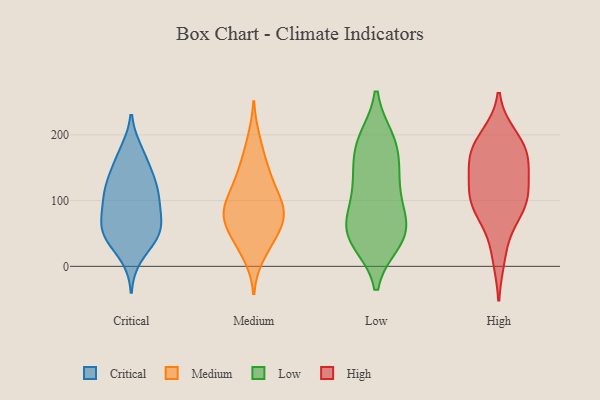
{"axis": {"x": "Page Views", "y": "Value"}, "legend": ["Critical", "High", "Low", "Medium"], "data": [{"x": "", "y": 93, "type": "Critical"}, {"x": "", "y": 58, "type": "Critical"}, {"x": "", "y": 126, "type": "Critical"}, {"x": "", "y": 47, "type": "Critical"}, {"x": "", "y": 99, "type": "Critical"}, {"x": "", "y": 152, "type": "Critical"}, {"x": "", "y": 134, "type": "Critical"}, {"x": "", "y": 45, "type": "Critical"}, {"x": "", "y": 114, "type": "Critical"}, {"x": "", "y": 130, "type": "Critical"}, {"x": "", "y": 15, "type": "Critical"}, {"x": "", "y": 52, "type": "Critical"}, {"x": "", "y": 38, "type": "Critical"}, {"x": "", "y": 175, "type": "Critical"}, {"x": "", "y": 67, "type": "Critical"}, {"x": "", "y": 85, "type": "Critical"}, {"x": "", "y": 173, "type": "Critical"}, {"x": "", "y": 104, "type": "Critical"}, {"x": "", "y": 60, "type": "Critical"}, {"x": "", "y": 17, "type": "Medium"}, {"x": "", "y": 86, "type": "Medium"}, {"x": "", "y": 90, "type": "Medium"}, {"x": "", "y": 36, "type": "Medium"}, {"x": "", "y": 69, "type": "Medium"}, {"x": "", "y": 118, "type": "Medium"}, {"x": "", "y": 44, "type": "Medium"}, {"x": "", "y": 192, "type": "Medium"}, {"x": "", "y": 57, "type": "Medium"}, {"x": "", "y": 132, "type": "Medium"}, {"x": "", "y": 136, "type": "Medium"}, {"x": "", "y": 80, "type": "Medium"}, {"x": "", "y": 90, "type": "Medium"}, {"x": "", "y": 161, "type": "Medium"}, {"x": "", "y": 81, "type": "Medium"}, {"x": "", "y": 48, "type": "Low"}, {"x": "", "y": 187, "type": "Low"}, {"x": "", "y": 168, "type": "Low"}, {"x": "", "y": 65, "type": "Low"}, {"x": "", "y": 130, "type": "Low"}, {"x": "", "y": 193, "type": "Low"}, {"x": "", "y": 38, "type": "Low"}, {"x": "", "y": 82, "type": "Low"}, {"x": "", "y": 126, "type": "Low"}, {"x": "", "y": 37, "type": "Low"}, {"x": "", "y": 141, "type": "Low"}, {"x": "", "y": 193, "type": "Low"}, {"x": "", "y": 47, "type": "Low"}, {"x": "", "y": 93, "type": "Low"}, {"x": "", "y": 56, "type": "Low"}, {"x": "", "y": 169, "type": "High"}, {"x": "", "y": 199, "type": "High"}, {"x": "", "y": 99, "type": "High"}, {"x": "", "y": 61, "type": "High"}, {"x": "", "y": 150, "type": "High"}, {"x": "", "y": 101, "type": "High"}, {"x": "", "y": 87, "type": "High"}, {"x": "", "y": 181, "type": "High"}, {"x": "", "y": 190, "type": "High"}, {"x": "", "y": 108, "type": "High"}, {"x": "", "y": 107, "type": "High"}, {"x": "", "y": 159, "type": "High"}, {"x": "", "y": 13, "type": "High"}, {"x": "", "y": 145, "type": "High"}]}